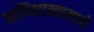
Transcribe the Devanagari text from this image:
प्राणिशास्त्रामध्ये